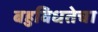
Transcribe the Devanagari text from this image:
बहुविधतेचा